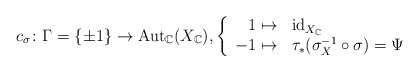
\begin{align*}c_\sigma\colon\Gamma=\{\pm 1\} \to \mathrm{Aut}_{\mathbb{C}}(X_{\mathbb{C}}), \left\{ \begin{array}{rl} 1\mapsto & \mathrm{id}_{X_{\mathbb{C}}} \\ -1 \mapsto & \tau_*(\sigma_X^{-1}\circ \sigma)=\Psi \end{array} \right. \end{align*}